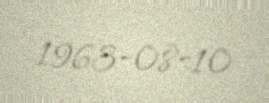
1963-08-10